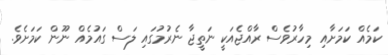
ކަމެއް ކަމަށާއި މިހާރުވެސް ރާއްޖެއަކީ ނަތީޖާ ނެރުމުގައި ލަސް ގައުމެއް ނޫން ކަމަށެވެ.